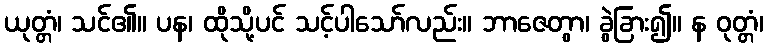
ယုတ္တံ၊ သင်၏။ ပန၊ ထိုသို့ပင် သင့်ပါသော်လည်း။ ဘာဇေတွာ၊ ခွဲခြား၍။ န ဝုတ္တံ၊